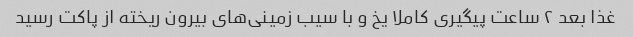
غذا بعد ۲ ساعت پیگیری کاملا یخ و با سیب زمینی‌های بیرون ریخته از پاکت رسید